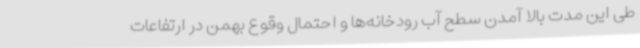
طی این مدت بالا آمدن سطح آب رودخانه‌ها و احتمال وقوع بهمن در ارتفاعات